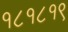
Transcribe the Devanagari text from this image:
१८१८१९